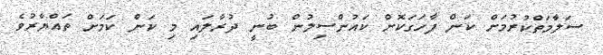
ސަލާމަތްކުރުމަށް ކަން ފާހަގަކޮށް ކައުންސިލުން ބުނީ ދުރާލައި މި ކަން ކަމަށް ތައްޔާރުވެ